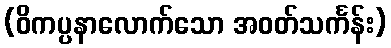
(ဝိကပ္ပနာလောက်သော အဝတ်သင်္ကန်း)